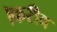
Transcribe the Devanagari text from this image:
।करीब